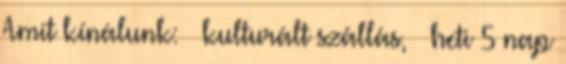
Amit kínálunk: – kulturált szállás, – heti 5 nap